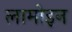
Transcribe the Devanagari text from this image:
लामोइन